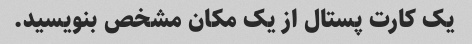
یک کارت پستال از یک مکان مشخص بنویسید.